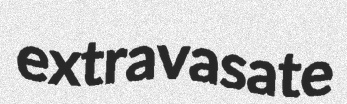
extravasate